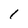
Character: 1